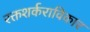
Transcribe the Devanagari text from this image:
रक्तशर्कराविकार